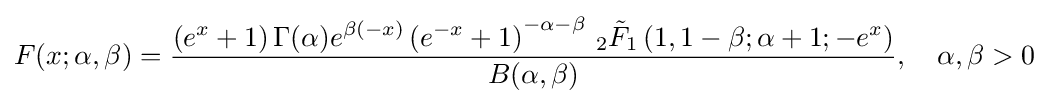
F(x;\alpha ,\beta )={\frac {\left(e^{x}+1\right)\Gamma (\alpha )e^{\beta (-x)}\left(e^{-x}+1\right)^{-\alpha -\beta }\,_{2}{\tilde {F}}_{1}\left(1,1-\beta ;\alpha +1;-e^{x}\right)}{B(\alpha ,\beta )}},\quad \alpha ,\beta >0